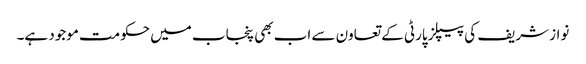
نواز شریف کی پیپلز پارٹی کے تعاون سے اب بھی پنجاب میں حکومت موجود ہے۔